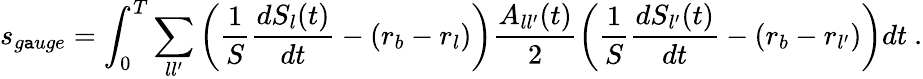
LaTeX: s_{g\mathtt{a}uge}=\int_{0}^{T}\sum_{ll^{\prime}}\left(\frac{1}{S}\frac{{dS_{l}(t)}}{{dt}}-(r_{b}-r_{l})\right)\frac{{A_{ll^{\prime}}(t)}}{{2}}\left(\frac{1}{S}\frac{{dS_{l^{\prime}}(t)}}{{dt}}-(r_{b}-r_{l^{\prime}})\right)dt\ .